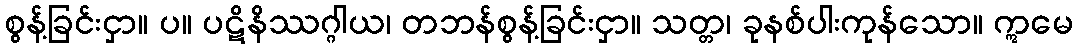
စွန့်ခြင်းငှာ။ ပ။ ပဋိနိဿဂ္ဂါယ၊ တဘန်စွန့်ခြင်းငှာ။ သတ္တ၊ ခုနစ်ပါးကုန်သော။ ဣမေ